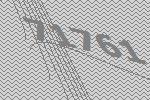
71761